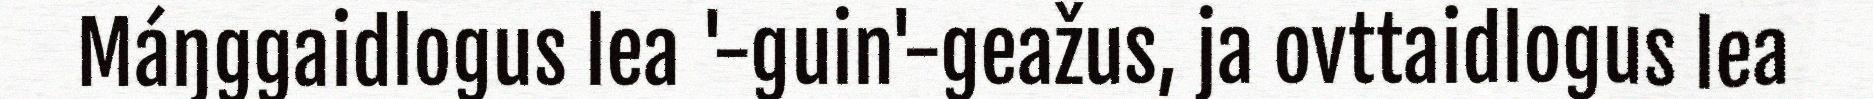
Máŋggaidlogus lea '-guin'-geažus, ja ovttaidlogus lea